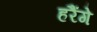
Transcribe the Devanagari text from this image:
हरैंगे